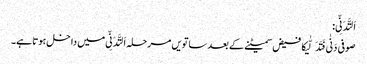
اَلتَّدَنِّی:
صوفی دَنٰی فَتَدَلّٰیکا فیض سمیٹنے کے بعد ساتویں مرحلہ اَلتَّدَنِّی میں داخل ہوتا ہے۔